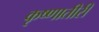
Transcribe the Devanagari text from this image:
कृष्णातीरी